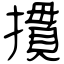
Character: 摜